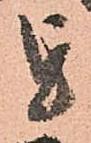
を